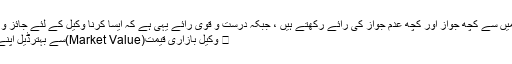
اس مسئلہ میں اہلِ علم میں سے کچھ جواز اور کچھ عدمِ جواز کی رائے رکھتے ہیں ، جبکہ درست و قوی رائے یہی ہے کہ ایسا کرنا وکیل کے لئے جائز و درست ہے بشرطیکہ :
 وکیل بازاری قیمت(Market Value)سے بہترڈیل اپنے مؤکل کو فراہم کرے۔